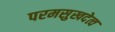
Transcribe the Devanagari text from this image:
परमसुखदेत्व